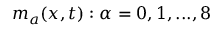
{ m _ { a } } ( x , t ) : \alpha = 0 , 1 , . . . , 8